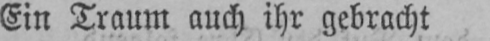
Ein Traum auch ihr gebracht